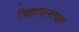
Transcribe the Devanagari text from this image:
सिहासनत्याग